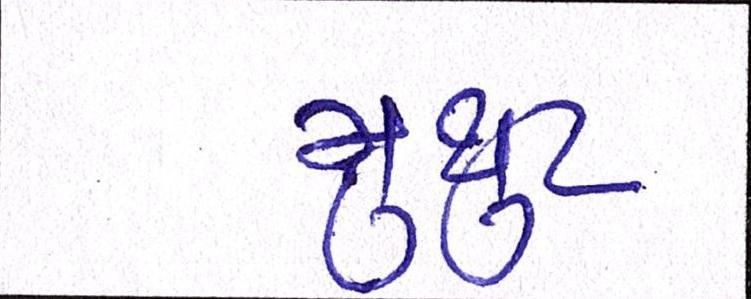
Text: મુથૂટ